Report of the Indian Hemp Drugs Commission, 1894-1895 - Volume VII
Year: 1894
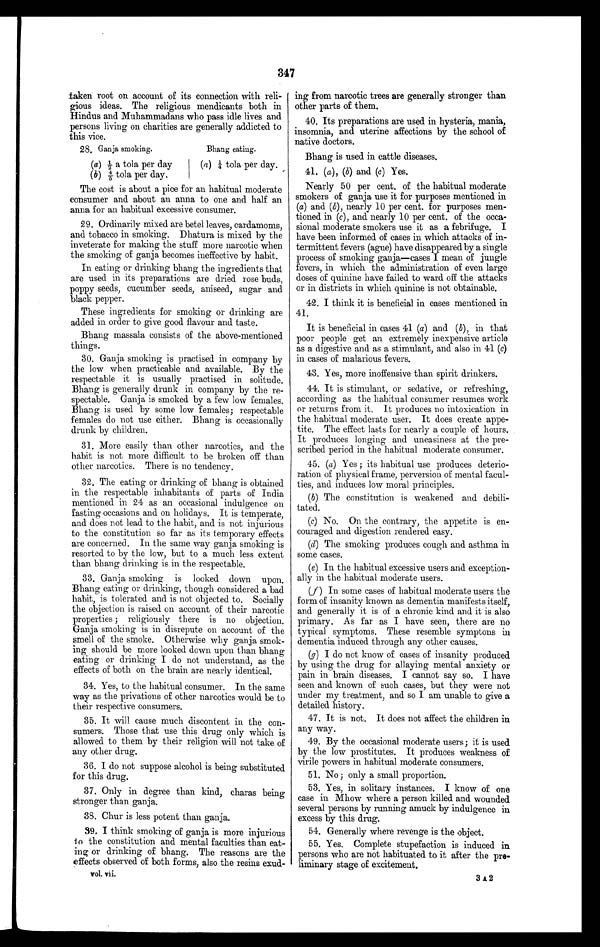
347
taken root on account of its connection with reli-
gious ideas. The religious mendicants both in
Hindus and Muhammadans who pass idle lives and
persons living on charities are generally addicted to
this vice.
28. Ganja smoking.
Bhang eating.
(a) ½ a tola per day
(a) ¼ tola per day.
( b ) 4/5 tola per day.
The cost is about a pice for an habitual moderate
consumer and about an anna to one and half an
anna for an habitual excessive consumer.
29. Ordinarily mixed are betel leaves, cardamoms,
and tobacco in smoking. Dhatura is mixed by the
inveterate for making the stuff more narcotic when
the smoking of ganja becomes ineffective by habit.
In eating or drinking bhang the ingredients that
are used in its preparations are dried rose buds,
poppy seeds, cucumber seeds, aniseed, sugar and
black pepper.
These ingredients for smoking or drinking are
added in order to give good flavour and taste.
Bhang massala consists of the above-mentioned
things.
30. Ganja smoking is practised in company by
the low when practicable and. available. By the
respectable it is usually practised in solitude.
Bhang is generally drunk in company by the re-
spectable. Ganja is smoked by a few low females.
Bhang is used by some low females; respectable
females do not use either. Bhang is occasionally
drunk by children.
31. More easily than other narcotics, and the
habit is not more difficult to be broken off than
other narcotics. There is no tendency.
32. The eating or drinking of bhang is obtained
in the respectable inhabitants of parts of India
mentioned in 24 as an occasional indulgence on
fasting occasions and on holidays. It is temperate,
and does not lead to the habit, and is not injurious
to the constitution so far as its temporary effects
are concerned. In the same way ganja smoking is
resorted to by the low, but to a much less extent
than bhang drinking is in the respectable.
33. Ganja smoking is looked down upon.
Bhang eating or drinking, though considered a bad
habit, is tolerated and is not objected to. Socially
the objection is raised on account of their narcotic
properties; religiously there is no objection.
Ganja smoking is in disrepute on account of the
smell of the smoke. Otherwise why ganja smok-
ing should be more looked down upon than bhang
eating or drinking I do not understand, as the
effects of both on the brain are nearly identical.
34. Yes, to the habitual consumer. In the same
way as the privations of other narcotics would be to
their respective consumers.
35. It will cause much discontent in the con-
sumers. Those that use this drug only which is
allowed to them by their religion will not take of
any other drug.
36. I do not suppose alcohol is being substituted
for this drug.
37. Only in degree than kind, charas being
stronger than ganja.
38. Chur is less potent than ganja.
39, I think smoking of ganja is more injurious
to the constitution and mental faculties than eat-
ing or drinking of bhang. The reasons are the
effects observed of both forms, also the resins exud-
vol. vii.
ing from narcotic trees are generally stronger than
other parts of them.
40. Its preparations are used in hysteria, mania,
insomnia, and uterine affections by the school of
native doctors.
Bhang is used in cattle diseases.
1. (a) , (b) and (c) Yes.
Nearly 50 per cent, of the habitual moderate
smokers of ganja use it for purposes mentioned in
(a) and ( b) , nearly 10 per cent. for purposes men-
tioned in (c) , and nearly 10 per cent, of the occa-
sional moderate smokers use it as a febrifuge. I
have been informed of cases in which attacks of in-
termittent fevers (ague) have disappeared by a single
process of smoking ganja—cases I mean of jungle
fevers, in which the administration of even large
doses of quinine have failed to ward off the attacks
or in districts in which quinine is not obtainable.
42. I think it is beneficial in cases mentioned in
41.
It is beneficial in cases 41 (a) and ( b) , in that
poor people get an extremely inexpensive article
as a digestive and as a stimulant, and also in 41 ( c)
in cases of malarious fevers.
43. Yes, more inoffensive than spirit drinkers.
44. It is stimulant, or sedative, or refreshing,
according as the habitual consumer resumes work
or returns from it. It produces no intoxication in
the habitual moderate user. It does create appe-
tite. The effect lasts for nearly a couple of hours.
It produces longing and uneasiness at the pre-
scribed period in the habitual moderate consumer.
45. (
a) Yes; its habitual use produces deterio-
ration of physical frame, perversion of mental facul-
ties, and induces low moral principles.
(b) The constitution is weakened and debili-
tated.
(c) No. On the contrary, the appetite is en-
couraged and digestion rendered easy.
(d) The smoking produces cough and asthma in
some cases.
(e) In the habitual excessive users and exception-
ally in the habitual moderate users.
(f) In some cases of habitual moderate users the
form of insanity known as dementia manifests itself,
and generally it is of a chronic kind and it is also
primary. As far as I have seen, there are no
typical symptoms. These resemble symptoms in
dementia induced through any other causes.
(g) I do not know of cases of insanity produced
by using the drug for allaying mental anxiety or
pain in brain diseases. I cannot say so. I have
seen and known of such cases, but they were not
under my treatment, and so I am unable to give a
detailed history.
47. It is not. It does not affect the children in
any way.
49. By the occasional moderate users; it is used
by the low prostitutes. It produces weakness of
virile powers in habitual moderate consumers.
51. No; only a small proportion.
53. Yes, in solitary instances. I know of one
case in Mhow where a person killed and wounded
several persons by running amuck by indulgence in
excess by this drug.
54. Generally where revenge is the object.
55. Yes. Complete stupefaction is induced in
persons who are not habituated to it after the pre-
liminary stage of excitement.
3 A 2